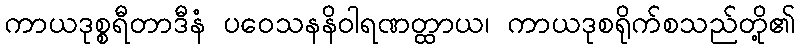
ကာယဒုစ္စရီတာဒီနံ ပဝေသနနိဝါရဏတ္ထာယ၊ ကာယဒုစရိုက်စသည်တို့၏